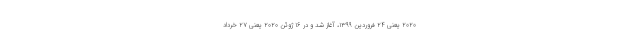
۲۰۲۰ یعنی ۲۴ فروردین ۱۳۹۹، آغاز شد و در ۱۶ ژوئن ۲۰۲۰ یعنی ۲۷ خرداد